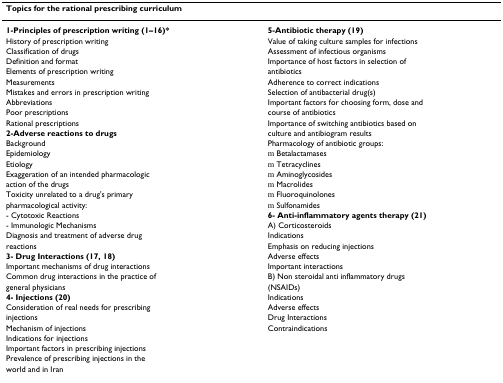
<table><thead><tr><td><b>Topics for the rational prescribing curriculum</b></td><td></td></tr></thead><tbody><tr><td><b>1-Principles of prescription writing (1–16)*</b></td><td><b>5-Antibiotic therapy (19)</b></td></tr><tr><td>History of prescription writing</td><td>Value of taking culture samples for infections</td></tr><tr><td>Classification of drugs</td><td>Assessment of infectious organisms</td></tr><tr><td>Definition and format</td><td>Importance of host factors in selection of</td></tr><tr><td>Elements of prescription writing</td><td>antibiotics</td></tr><tr><td>Measurements</td><td>Adherence to correct indications</td></tr><tr><td>Mistakes and errors in prescription writing</td><td>Selection of antibacterial drug(s)</td></tr><tr><td>Abbreviations</td><td>Important factors for choosing form, dose and</td></tr><tr><td>Poor prescriptions</td><td>course of antibiotics</td></tr><tr><td>Rational prescriptions</td><td>Importance of switching antibiotics based on</td></tr><tr><td><b>2-Adverse reactions to drugs</b></td><td>culture and antibiogram results</td></tr><tr><td>Background</td><td>Pharmacology of antibiotic groups:</td></tr><tr><td>Epidemiology</td><td>○ Betalactamases</td></tr><tr><td>Etiology</td><td>○ Tetracyclines</td></tr><tr><td>Exaggeration of an intended pharmacologic</td><td>○ Aminoglycosides</td></tr><tr><td>action of the drugs</td><td>○ Macrolides</td></tr><tr><td>Toxicity unrelated to a drug&#x27;s primary</td><td>○ Fluoroquinolones</td></tr><tr><td>pharmacological activity:</td><td>○ Sulfonamides</td></tr><tr><td>- Cytotoxic Reactions</td><td><b>6- Anti-inflammatory agents therapy (21)</b></td></tr><tr><td>- Immunologic Mechanisms</td><td>A) Corticosteroids</td></tr><tr><td>Diagnosis and treatment of adverse drug</td><td>Indications</td></tr><tr><td>reactions</td><td>Emphasis on reducing injections</td></tr><tr><td><b>3- Drug Interactions (17, 18)</b></td><td>Adverse effects</td></tr><tr><td>Important mechanisms of drug interactions</td><td>Important interactions</td></tr><tr><td>Common drug interactions in the practice of</td><td>B) Non steroidal anti inflammatory drugs</td></tr><tr><td>general physicians</td><td>(NSAIDs)</td></tr><tr><td><b>4- Injections (20)</b></td><td>Indications</td></tr><tr><td>Consideration of real needs for prescribing</td><td>Adverse effects</td></tr><tr><td>injections</td><td>Drug Interactions</td></tr><tr><td>Mechanism of injections</td><td>Contraindications</td></tr><tr><td>Indications for injections</td><td></td></tr><tr><td>Important factors in prescribing injections</td><td></td></tr><tr><td>Prevalence of prescribing injections in the</td><td></td></tr><tr><td>world and in Iran</td><td></td></tr></tbody></table>